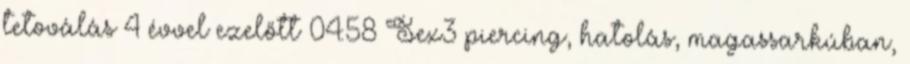
tetoválás 4 évvel ezelőtt 04:58 Sex3 piercing, hatolás, magassarkúban,